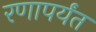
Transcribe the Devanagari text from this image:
रणापर्यंत